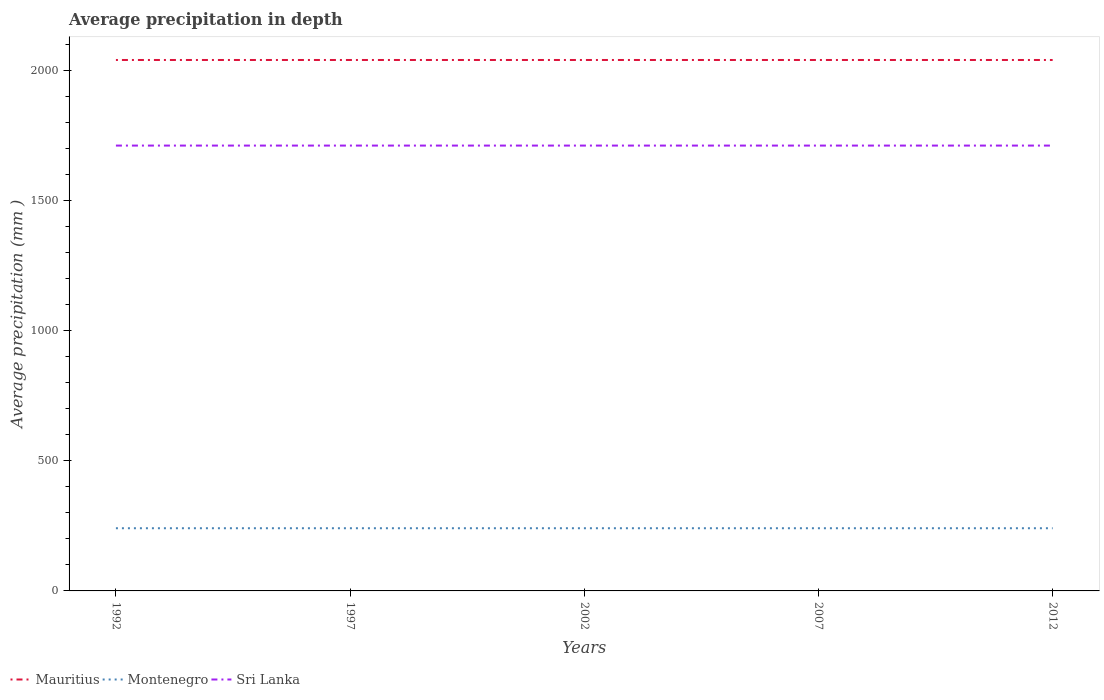
| Years | Mauritius | Montenegro | Sri Lanka |
 | --- | --- | --- | --- |
 | 1992 | 2.04e+03 | 241 | 1.71e+03 |
 | 1997 | 2.04e+03 | 241 | 1.71e+03 |
 | 2002 | 2.04e+03 | 241 | 1.71e+03 |
 | 2007 | 2.04e+03 | 241 | 1.71e+03 |
 | 2012 | 2.04e+03 | 241 | 1.71e+03 |